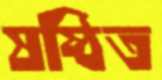
ষষ্ঠিত